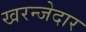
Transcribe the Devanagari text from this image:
खरन्जेदार